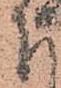
下